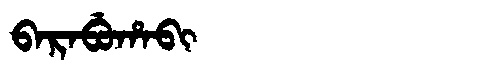
Manchu: ᠪᠠᡵᠠᠪᡠᡥᠠᠪᡳ
Romanization: BARABUHABI